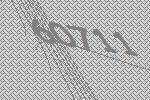
60711